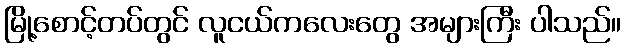
မြို့စောင့်တပ်တွင် လူငယ်ကလေးတွေ အများကြီး ပါသည်။